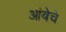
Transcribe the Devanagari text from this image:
आंबेचे